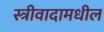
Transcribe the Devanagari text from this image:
स्त्रीवादामधील